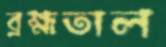
ব্রহ্মতাল